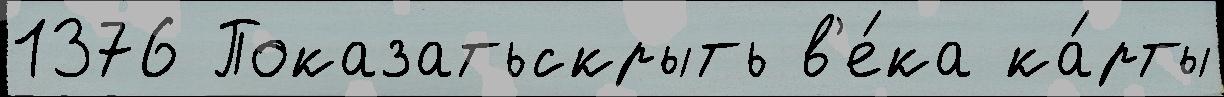
1376 Показатьскрыть в'е́ка ка́рты